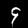
Label: 9